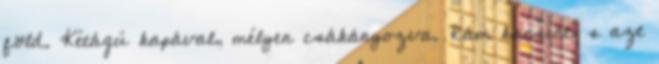
föld. Kétágú kapával, mélyen csákányozva. Rám kacsint, s azt